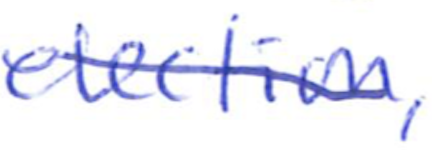
Text: election,
Cross-out: diagonal
Writing tool: ballpoint